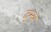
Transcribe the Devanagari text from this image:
द्न्य